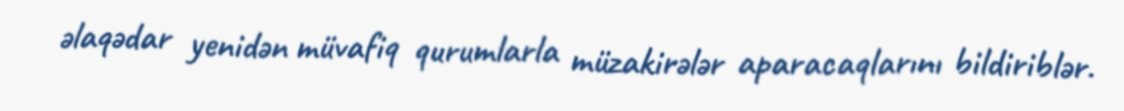
əlaqədar yenidən müvafiq qurumlarla müzakirələr aparacaqlarını bildiriblər.